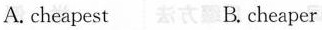
A.cheapest B.cheaper